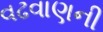
વઢવાણની